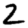
Digit: 2